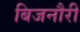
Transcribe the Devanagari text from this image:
बिजनौरी